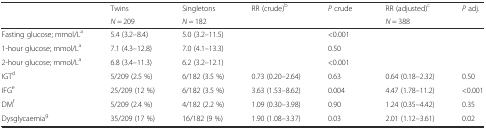
| <ROWSPAN=2>  | Twins | Singletons | <ROWSPAN=2> RR (crude)b | <ROWSPAN=2> P crude | RR (adjusted)c | <ROWSPAN=2> P adj. |
 | N = 209 | N = 182 | N = 388 |
 | --- | --- | --- | --- | --- | --- | --- |
 | Fasting glucose; mmol/La | 5.4 (3.2–8.4) | 5.0 (3.2–11.5) |  | <0.001 |  |  |
 | 1-hour glucose; mmol/La | 7.1 (4.3–12.8) | 7.0 (4.1–13.3) |  | 0.50 |  |  |
 | 2-hour glucose; mmol/La | 6.8 (3.4–11.3) | 6.2 (3.2–12.1) |  | <0.001 |  |  |
 | IGTd | 5/209 (2.5 %) | 6/182 (3.5 %) | 0.73 (0.20–2.64) | 0.63 | 0.64 (0.18–2.32) | 0.50 |
 | IFGe | 25/209 (12 %) | 6/182 (3.5 %) | 3.63 (1.53–8.62) | 0.004 | 4.47 (1.78–11.2) | <0.001 |
 | DMf | 5/209 (2.4 %) | 4/182 (2.2 %) | 1.09 (0.30–3.98) | 0.90 | 1.24 (0.35–4.42) | 0.35 |
 | Dysglycaemiag | 35/209 (17 %) | 16/182 (9 %) | 1.90 (1.08–3.37) | 0.03 | 2.01 (1.12–3.61) | 0.02 |